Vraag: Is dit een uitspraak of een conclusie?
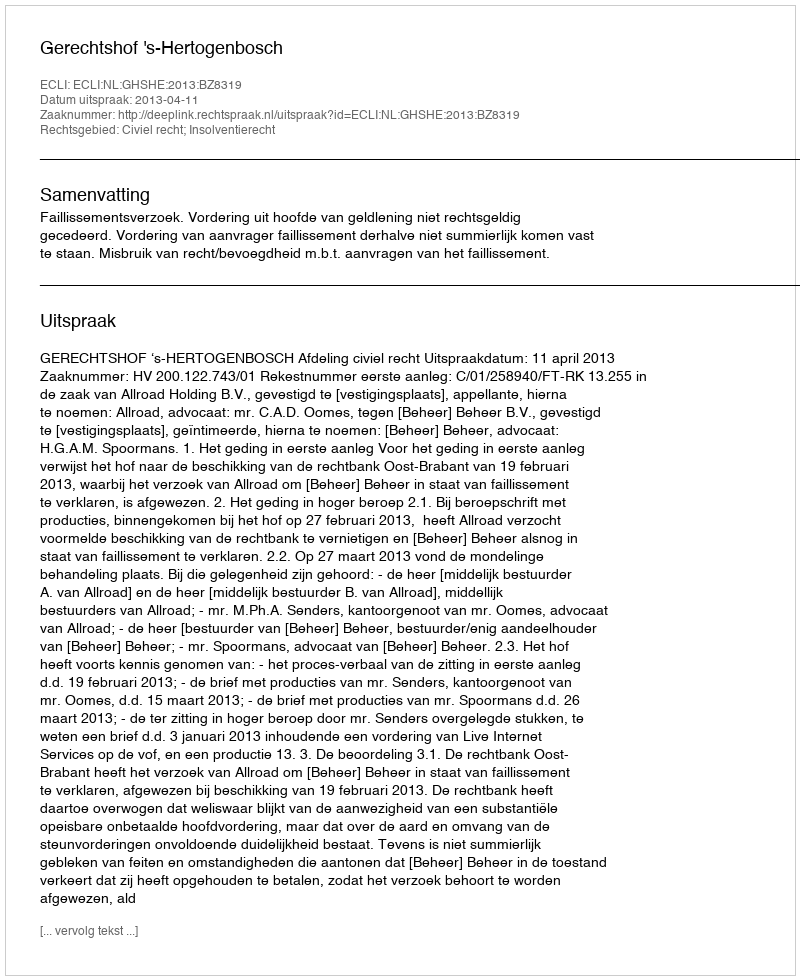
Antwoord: Uitspraak